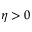
\eta > 0